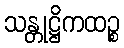
သန္တုဋ္ဌိကထဉ္စ